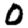
Digit: 0